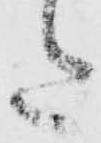
た